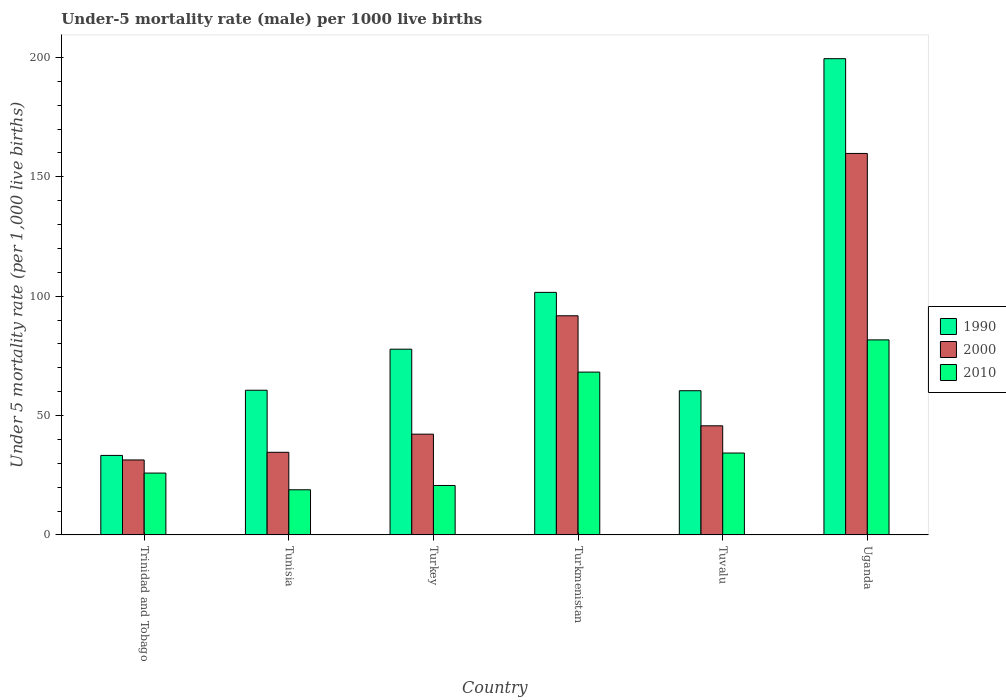
| Country | 1990 | 2000 | 2010 |
 | --- | --- | --- | --- |
 | Trinidad and Tobago | 33.3 | 31.4 | 25.9 |
 | Tunisia | 60.6 | 34.6 | 18.9 |
 | Turkey | 77.8 | 42.2 | 20.7 |
 | Turkmenistan | 102 | 91.8 | 68.2 |
 | Tuvalu | 60.4 | 45.7 | 34.3 |
 | Uganda | 200 | 160 | 81.7 |